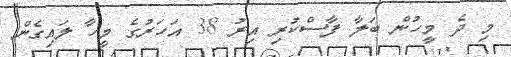
މި ދެ މީހުން ބަލާ ފާސްކުރި އިރު 38 އަހަރުގެ މީހާ ލައިގެން